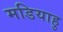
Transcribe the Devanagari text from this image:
मडियाहु